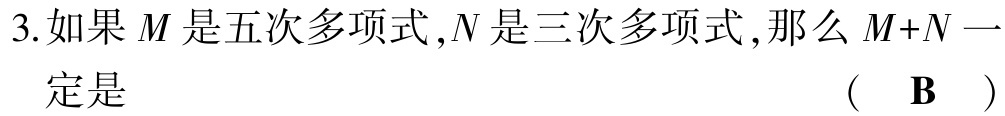
3.如果\(M\)是五次多项式，\(N\)是三次多项式，那么\(M + N\)一定是 （ \(\mathbf{B}\) ）